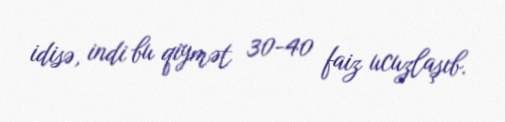
idisə, indi bu qiymət 30-40 faiz ucuzlaşıb.